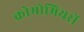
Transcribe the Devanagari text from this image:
क्रोमोमियरों